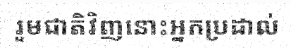
រួមជាតិវិញនោះអ្នកប្រដាល់